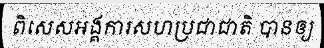
ពិសេសអង្គការសហប្រជាជាតិ បានឲ្យ